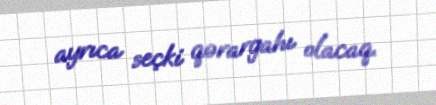
ayrıca seçki qərargahı olacaq.